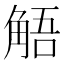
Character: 𮗰